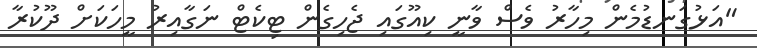
"އަޅުގަނޑުމެން މިހާރު ވެސް ވާނީ ކިއޫގައި ޖެހިގެން ޓިކެޓް ނަގާއިރު މީހަކަށް ދޫކުރާ